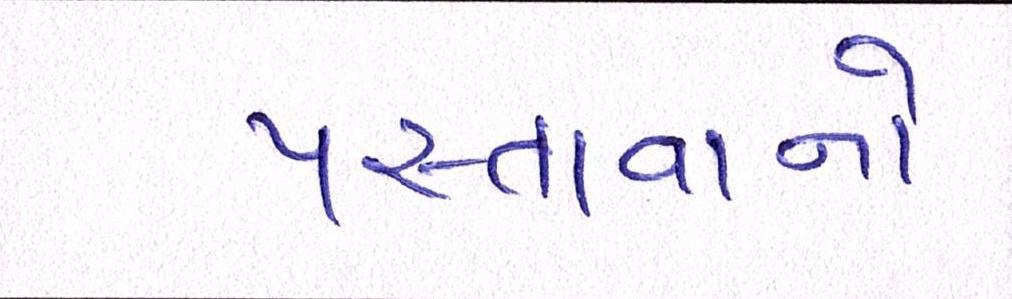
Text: પસ્તાવાનો